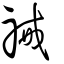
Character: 祴